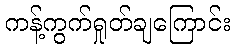
ကန့်ကွက်ရှုတ်ချကြောင်း